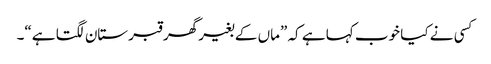
کسی نے کیا خوب کہا ہے کہ ”ماں کے بغیر گھر قبرستان لگتا ہے“۔